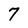
Character: 7